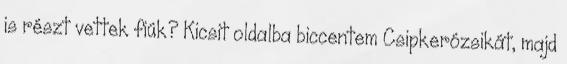
is részt vettek fiúk? Kicsit oldalba biccentem Csipkerózsikát, majd